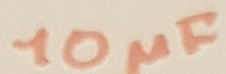
Text: 10µF